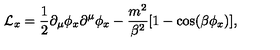
{ \cal L } _ { x } = { \frac { 1 } { 2 } } \partial _ { \mu } \phi _ { x } \partial ^ { \mu } \phi _ { x } - { \frac { m ^ { 2 } } { \beta ^ { 2 } } } [ 1 - \cos ( \beta \phi _ { x } ) ] ,